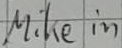
Text: Mike in